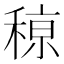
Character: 䅫